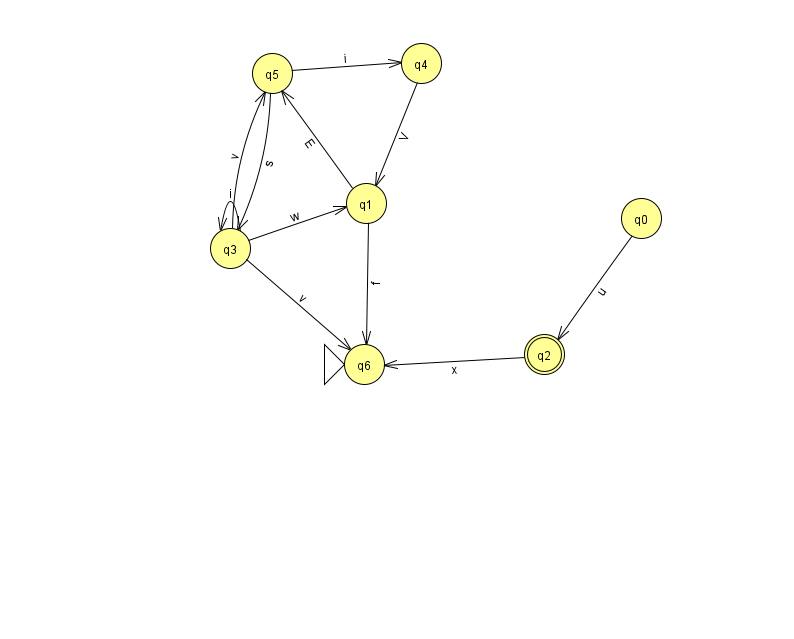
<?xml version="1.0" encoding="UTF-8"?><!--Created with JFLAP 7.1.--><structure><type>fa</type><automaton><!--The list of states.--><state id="0" name="q0"><x>641.0</x><y>205.0</y></state><state id="1" name="q1"><x>366.0</x><y>190.0</y></state><state id="2" name="q2"><x>544.0</x><y>341.0</y><final/></state><state id="3" name="q3"><x>230.0</x><y>235.0</y></state><state id="4" name="q4"><x>421.0</x><y>50.0</y></state><state id="5" name="q5"><x>272.0</x><y>60.0</y></state><state id="6" name="q6"><x>364.0</x><y>351.0</y><initial/></state><!--The list of transitions.--><transition><from>2</from><to>6</to><read>x</read></transition><transition><from>3</from><to>1</to><read>w</read></transition><transition><from>3</from><to>5</to><read>v</read></transition><transition><from>3</from><to>3</to><read>i</read></transition><transition><from>1</from><to>5</to><read>E</read></transition><transition><from>1</from><to>6</to><read>f</read></transition><transition><from>4</from><to>1</to><read>V</read></transition><transition><from>5</from><to>4</to><read>i</read></transition><transition><from>3</from><to>6</to><read>v</read></transition><transition><from>5</from><to>3</to><read>s</read></transition><transition><from>0</from><to>2</to><read>u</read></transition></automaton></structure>